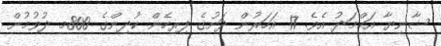
ޝާނިޔާ އަޙްމަދު އެވެ. 17 އަހަރުން ދަށުގެ ފިރިހެން ކުދިންގެ 800މ ދުވުމުން